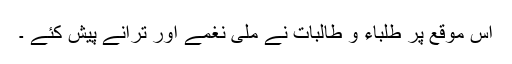
اس موقع پر طلباء و طالبات نے ملی نغمے اور ترانے پیش کئے ۔